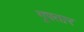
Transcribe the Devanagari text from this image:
गुफ्तार